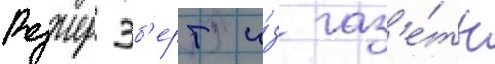
Роджер эб'ерт и́з газ'е́ты